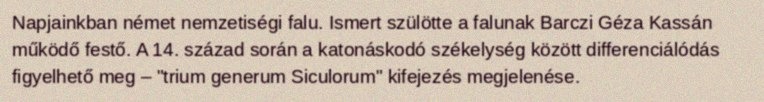
Napjainkban német nemzetiségi falu. Ismert szülötte a falunak Barczi Géza Kassán működő festő. A 14. század során a katonáskodó székelység között differenciálódás figyelhető meg – "trium generum Siculorum" kifejezés megjelenése.